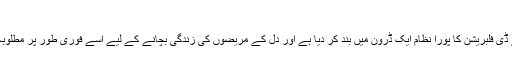
فوٹو: فائل
ماسکو: روسی انجینیئروں سے ڈی فلبریشن کا پورا نظام ایک ڈرون میں بند کر دیا ہے اور دل کے مریضوں کی زندگی بچانے کے لیے اسے فوری طور پر مطلوبہ جگہ تک پہنچایا جاسکتا ہے۔